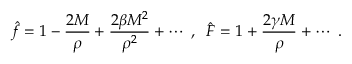
\hat { f } = 1 - \frac { 2 M } { \rho } + \frac { 2 \beta M ^ { 2 } } { \rho ^ { 2 } } + \cdots \; , \; \; \hat { F } = 1 + \frac { 2 \gamma M } { \rho } + \cdots \; .